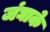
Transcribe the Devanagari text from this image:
जंघाके